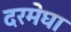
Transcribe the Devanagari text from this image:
दरमेघा